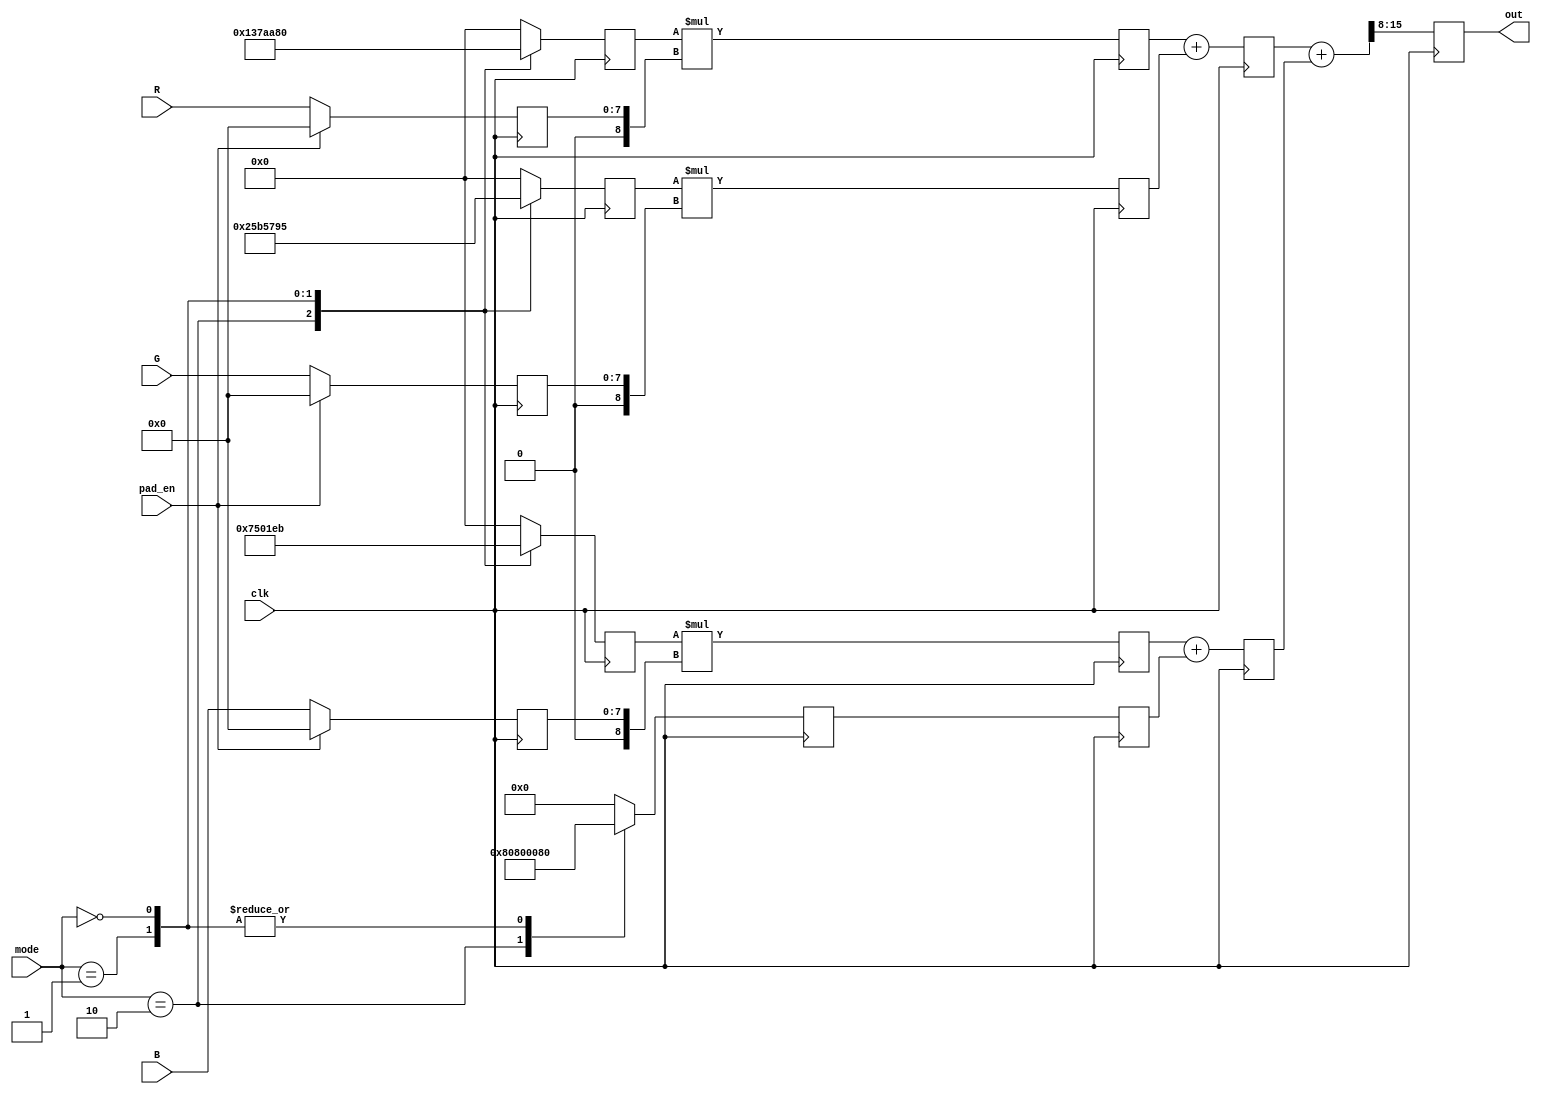
module rgb2yuv
#(
parameter ACT_PER_ADDR = 1,
parameter IN_WIDTH     = 8
)
(
input clk,
input [1:0] mode,  // to choose the output amoung Y, U and V, 2: out = Y, 1: out = U, 0: out = V
input [ACT_PER_ADDR*IN_WIDTH-1:0] R,  // input pixel R, unsigned
input [ACT_PER_ADDR*IN_WIDTH-1:0] G,  // input pixel G, unsigned
input [ACT_PER_ADDR*IN_WIDTH-1:0] B,  // input pixel B, unsigned
input pad_en,

output reg signed [ACT_PER_ADDR*IN_WIDTH-1:0] out  // output pixel, signed
);

// Y =  0.299R + 0.587G + 0.114B
// U = -0.168R - 0.331G + 0.499B
// V =  0.500R - 0.419G - 0.081B
reg signed [ACT_PER_ADDR*IN_WIDTH+9:0] out_tmp, out_tmp0, out_tmp1, out_add, out_addd, out_adddd;
reg signed [ACT_PER_ADDR*IN_WIDTH+8:0] out_tmp00, out_tmp11, out_tmp22;
reg signed [8:0] _r, _g, _b;
reg signed [8:0] f_r, f_g, f_b;
reg signed [ACT_PER_ADDR*IN_WIDTH-1:0] in_R, in_G, in_B;


always @* begin
  case (mode) // synopsys parallel_case
    2'b10: begin  // out = Y
      _r = 9'b001001101;  // 0.299 (0.30078125)
      _g = 9'b010010110;  // 0.587 (0.5859375)
      _b = 9'b000011101;  // 0.114 (0.11328125)
      out_add = -128 * 255;
    end
    2'b01: begin  // out = U
      _r = 9'b111010101;  // -0.168 (-0.16796875)
      _g = 9'b110101011;  // -0.331 (-0.33203125)
      _b = 9'b010000000;  //  0.499 (0.5)
      out_add = 128;
    end 
    2'b00: begin  // out = V
      _r = 9'b010000000;  //  0.500 (0.5)
      _g = 9'b110010101;  // -0.419 (-0.41796875)
      _b = 9'b111101011;  // -0.081 (-0.08203125)
      out_add = 128;
    end 
    default: begin
      _r = 9'b000000000;
      _g = 9'b000000000;
      _b = 9'b000000000;
      out_add = 0;
    end  
  endcase
end

always @* begin
  out_tmp = out_tmp0 + out_tmp1;
end

always @(posedge clk)
begin
  f_r <= _r;
  f_g <= _g;
  f_b <= _b;
  in_R <= ((pad_en) ? 0 : R);
  in_G <= ((pad_en) ? 0 : G);
  in_B <= ((pad_en) ? 0 : B);
  out_addd <= out_add;
  out_adddd <= out_addd;
  out_tmp00 <= f_r * $signed({1'b0, in_R});
  out_tmp11 <= f_g * $signed({1'b0, in_G});
  out_tmp22 <= f_b * $signed({1'b0, in_B});
end

always @(posedge clk) begin
  out_tmp0 <= out_tmp00 + out_tmp11;
  out_tmp1 <= out_tmp22 + out_adddd;
  out      <= out_tmp[ACT_PER_ADDR*IN_WIDTH+7 -: 8];
end

endmodule